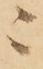
ニ